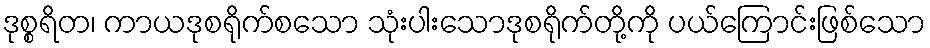
ဒုစ္စရိတ၊ ကာယဒုစရိုက်စသော သုံးပါးသောဒုစရိုက်တို့ကို ပယ်ကြောင်းဖြစ်သော